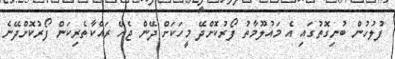
ފުލުހުން ބުނިގޮތުގައި އެ މައުލޫމާތު ފޯރުކޮށްދޭ މީހަކަށް ދޭން ޖެހޭ ރައްކާތެރިކަން ފޯރުކޮށްދޭނެ